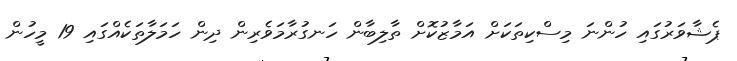
ޕެޝާވަރުގައި ހުންނަ މިސްކިތަކަށް އަމާޒުކޮށް ތާލިބާން ހަނގުރާމަވެރިން ދިން ހަމަލާތަކެއްގައި 19 މީހުން